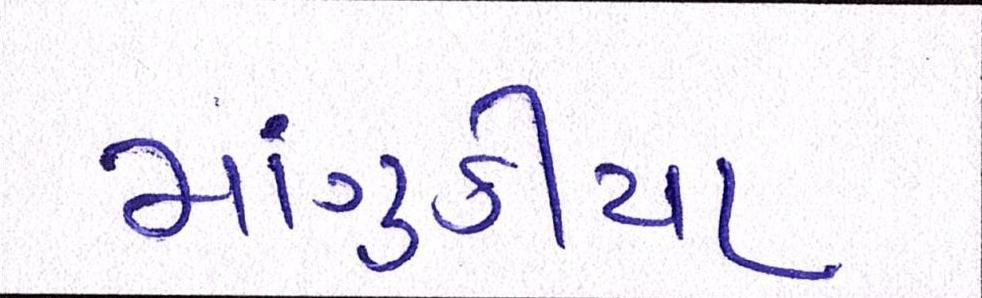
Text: માંગુકીયા